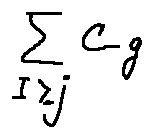
\sum \limits _ { I \geq j } C - g